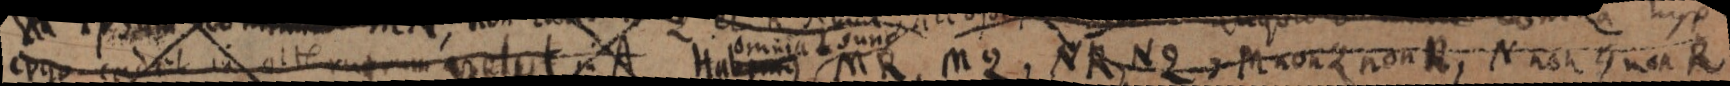
ergo cadet in _ vel ut in A Hab_ MR, M2, NR, N2, M non Q non R, N non Q non R